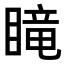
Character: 𥉫